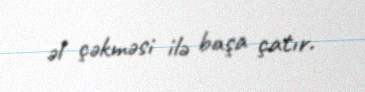
əl çəkməsi ilə başa çatır.